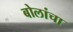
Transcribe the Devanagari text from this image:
बोलांचा